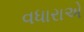
વધારાએ